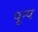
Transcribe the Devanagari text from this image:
पून्य